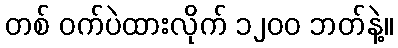
တစ် ဝက်ပဲထားလိုက် ၁၂၀၀ ဘတ်နဲ့။